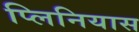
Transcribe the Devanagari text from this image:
प्लिनियास